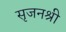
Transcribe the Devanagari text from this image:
सृजनश्री